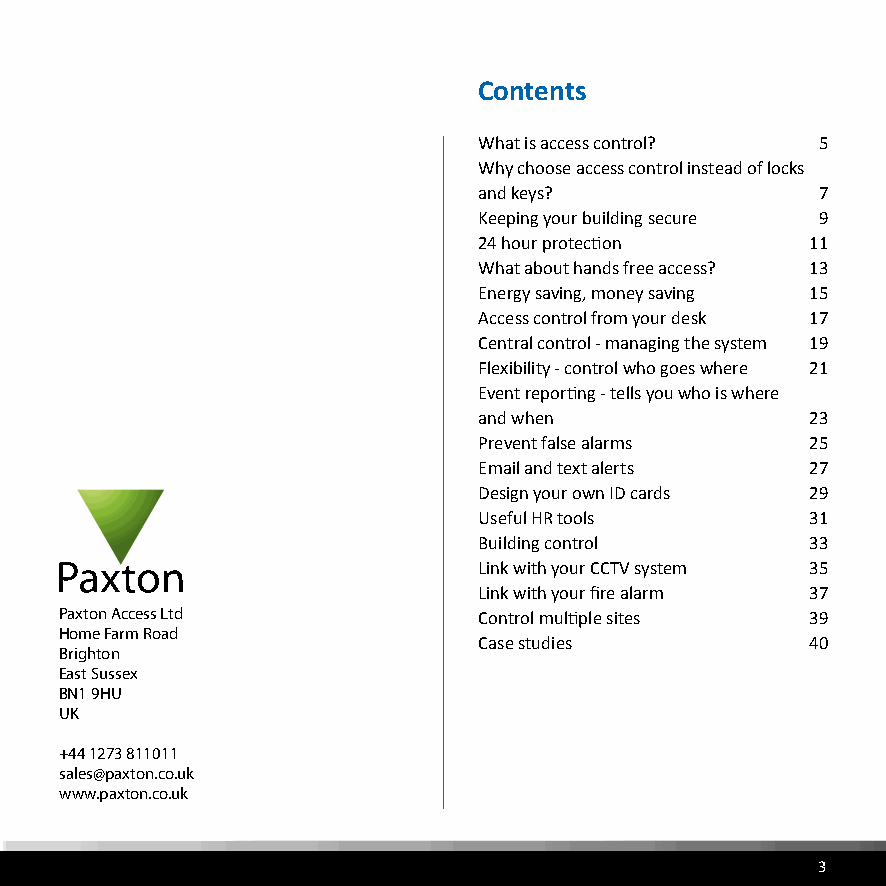
Contents
 What is access control? 5
 Why choose access control instead of locks
 and keys?             7
 Keeping your building secure 9
 24 hour protection    11
 What about hands free access? 13
 Energy saving, money saving 15
 Access control from your desk 17
 Central control - managing the system 19
 Flexibility - control who goes where 21
 Event reporting - tells you who is where
 and when              23
 Prevent false alarms  25
 Email and text alerts 27
 Design your own ID cards 29
 Useful HR tools       31
 Building control      33
 Link with your CCTV system 35
 Link with your fire alarm 37
 Paxton Access Ltd           Control multiple sites 39
 Home Farm Road
 Case studies          40
 Brighton
 East Sussex
 BN1 9HU
 UK
 +44 1273 811011
 sales@paxton.co.uk
 www.paxton.co.uk
 3